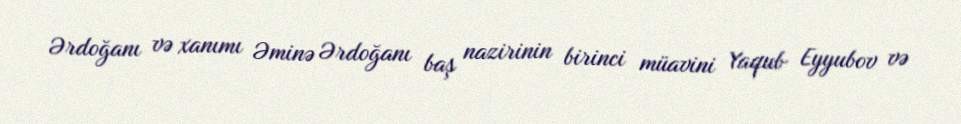
Ərdoğanı və xanımı Əminə Ərdoğanı baş nazirinin birinci müavini Yaqub Eyyubov və